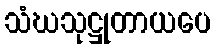
သံဃသုဋ္ဌုတာယပေ